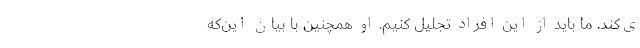
ی‌کند. ما باید از این‌ افراد تجلیل کنیم. او همچنین با بیان این‌که